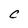
Character: C